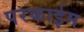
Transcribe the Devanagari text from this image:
परकाईम